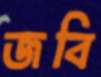
জবি